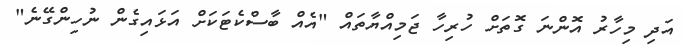
އަދި މިހާރު އޮންނަ ގޮތަށް ހުރިހާ ޖަމިއްޔާތައް "އެއް ބާސްކެޓަކަށް އަޅައިގެން ނުހިންގޭނެ"